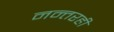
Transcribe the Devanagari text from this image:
नन्तरही